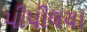
પીપીલયા